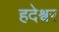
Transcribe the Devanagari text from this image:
हदेश्वर